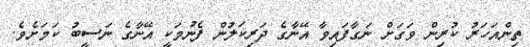
ތިންއަހަރު ކުރިން ވަގަށް ނަގާފައިވާ އޭނާގެ ދަރިކަލުން ފެނުމަކީ އޭނާގެ ނަސީބު ކަމަށެވެ.